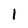
Character: l